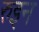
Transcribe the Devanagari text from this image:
रुइन